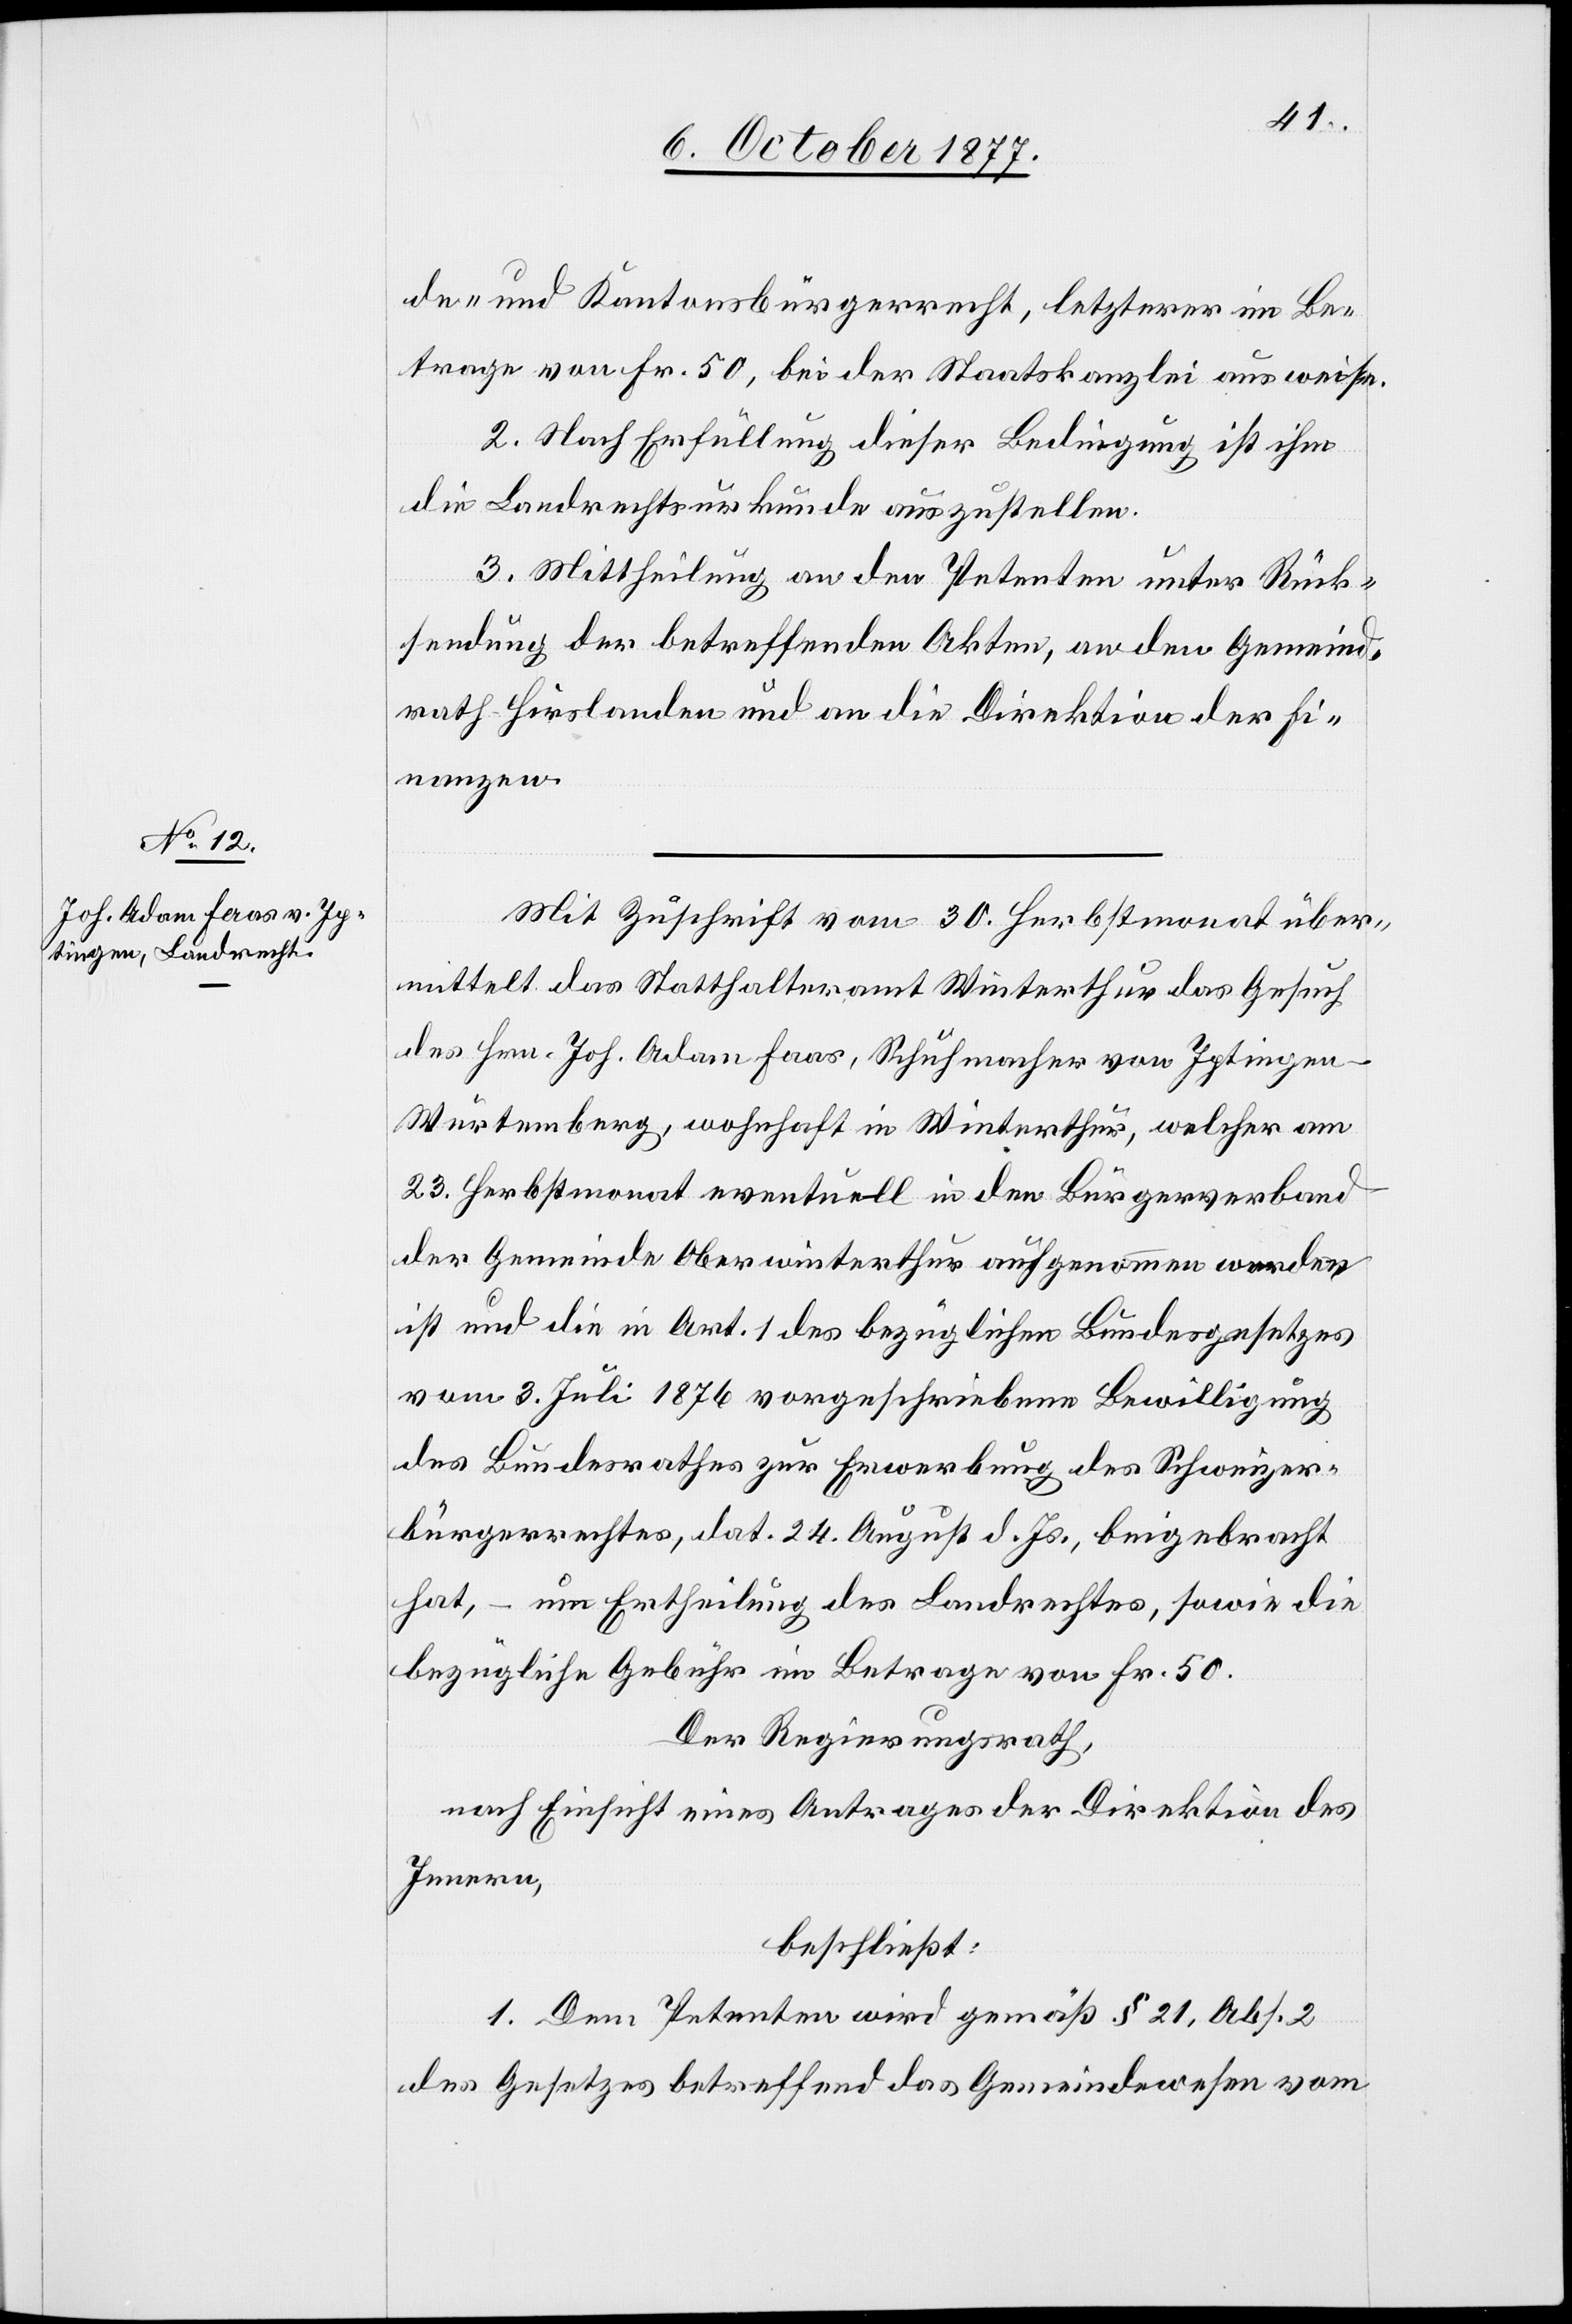
de- und Kantonsbürgerrecht, letzterer im Be¬
trage von Fr. 50, bei der Staatskanzlei ausweise.
2. Nach Erfüllung dieser Bedingung ist ihm
die Landrechtsurkunde auszustellen.
3. Mittheilung an den Petenten unter Rück¬
sendung der betreffenden Akten, an den Gemeind¬
rath Hirslanden und an die Direktion der Fi¬
nanzen.
Mit Zuschrift vom 30. Herbstmonat über¬
mittelt das Statthalteramt Winterthur das Gesuch
des Hrn. Joh. Adam Faas, Schuhmacher von Iptingen
Würtemberg, wohnhaft in Winterthur, welcher am
23. Herbstmonat eventuell n den Bürgerverband
der Gemeinde Oberwinterthur aufgenommen worden
ist und die in Art. 1 des bezüglichen Bundesgesetzes
vom 3. Juli 1876 vorgeschriebene Bewilligung
des Bundesrathes zur Erwerbung des Schweizer¬
bürgerrechtes, dat. 24. August d. Js., beigebracht
hat, – um Ertheilung des Landrechtes, sowie die
bezügliche Gebühr im Betrage von Fr. 50.
Der Regierungsrath,
nach Einsicht eines Antrages der Direktion des
Innern,
beschließt:
1. Dem Petenten wird gemäß § 21, Abs. 2
des Gesetzes betreffend das Gemeindewesen vom